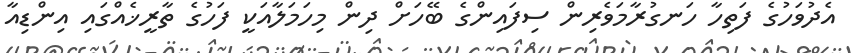
އެދުވަހުގެ ފަތިހާ ހަނގުރާމަވެރިން ސިފައިންގެ ބޭހަށް ދިން މިހަމަލާއަކީ ފަހުގެ ތާރީޚެއްގައި އިންޑިއާ